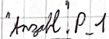
Text: "Anzahl".P_1